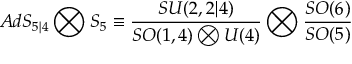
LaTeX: A d S _ { 5 | 4 } \bigotimes S _ { 5 } \equiv \frac { S U ( 2 , 2 | 4 ) } { S O ( 1 , 4 ) \bigotimes U ( 4 ) } \bigotimes \frac { S O ( 6 ) } { S O ( 5 ) }